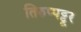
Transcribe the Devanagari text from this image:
तिरुप्पट्टूर